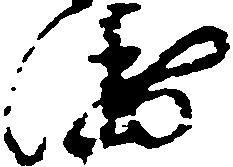
衛